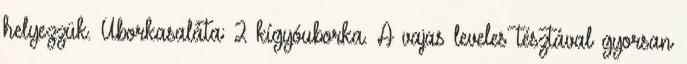
helyezzük. Uborkasaláta: 2 kígyóuborka. A vajas leveles tésztával gyorsan